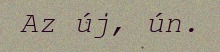
Az új, ún.